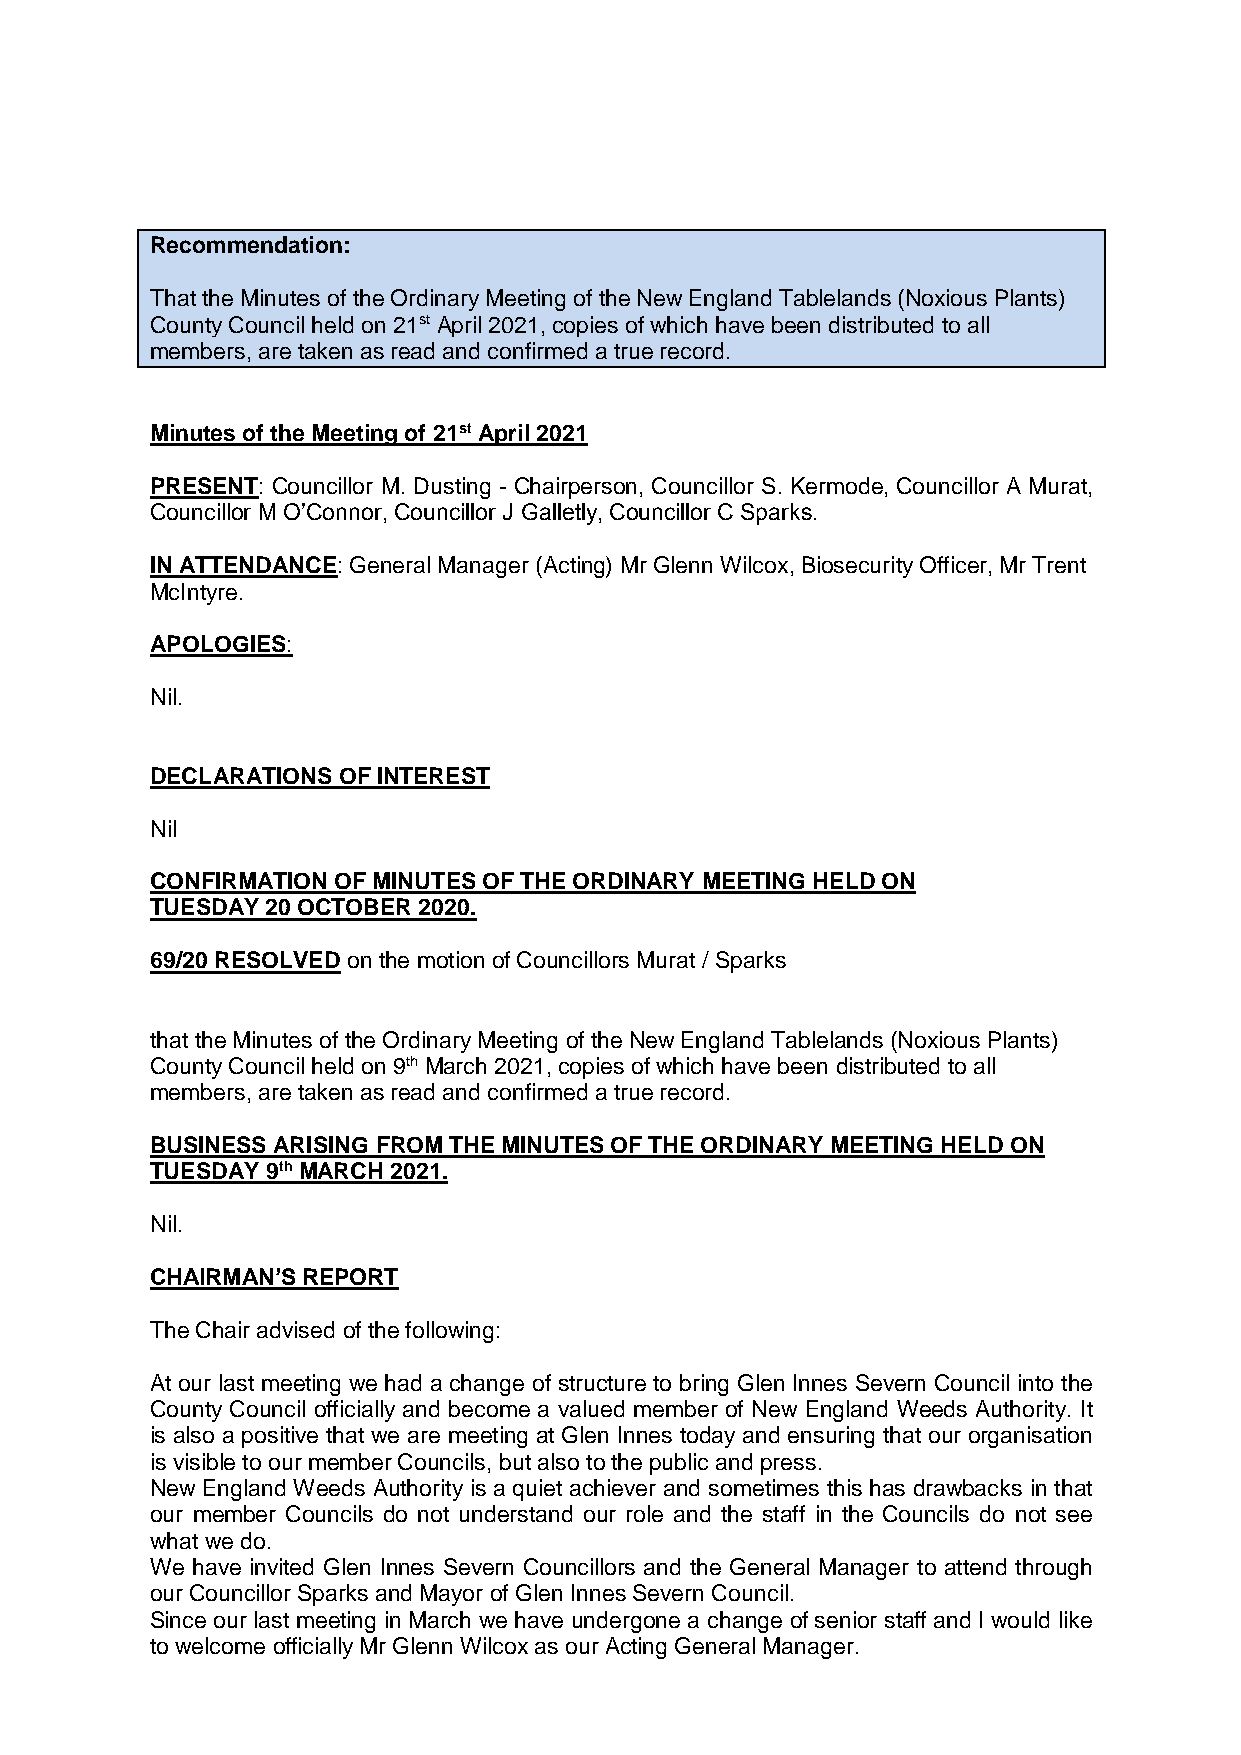
Recommendation:
 That the Minutes of the Ordinary Meeting of the New England Tablelands (Noxious Plants)
 County Council held on 21st April 2021, copies of which have been distributed to all
 members, are taken as read and confirmed a true record.
 Minutes of the Meeting of 21st April 2021
 PRESENT: Councillor M. Dusting - Chairperson, Councillor S. Kermode, Councillor A Murat,
 Councillor M O’Connor, Councillor J Galletly, Councillor C Sparks.
 IN ATTENDANCE: General Manager (Acting) Mr Glenn Wilcox, Biosecurity Officer, Mr Trent
 McIntyre.
 APOLOGIES:
 Nil.
 DECLARATIONS OF INTEREST
 Nil
 CONFIRMATION OF MINUTES OF THE ORDINARY MEETING HELD ON
 TUESDAY 20 OCTOBER 2020.
 69/20 RESOLVED on the motion of Councillors Murat / Sparks
 that the Minutes of the Ordinary Meeting of the New England Tablelands (Noxious Plants)
 County Council held on 9th March 2021, copies of which have been distributed to all
 members, are taken as read and confirmed a true record.
 BUSINESS ARISING FROM THE MINUTES OF THE ORDINARY MEETING HELD ON
 TUESDAY 9th MARCH 2021.
 Nil.
 CHAIRMAN’S REPORT
 The Chair advised of the following:
 At our last meeting we had a change of structure to bring Glen Innes Severn Council into the
 County Council officially and become a valued member of New England Weeds Authority. It
 is also a positive that we are meeting at Glen Innes today and ensuring that our organisation
 is visible to our member Councils, but also to the public and press.
 New England Weeds Authority is a quiet achiever and sometimes this has drawbacks in that
 our member Councils do not understand our role and the staff in the Councils do not see
 what we do.
 We have invited Glen Innes Severn Councillors and the General Manager to attend through
 our Councillor Sparks and Mayor of Glen Innes Severn Council.
 Since our last meeting in March we have undergone a change of senior staff and I would like
 to welcome officially Mr Glenn Wilcox as our Acting General Manager.